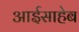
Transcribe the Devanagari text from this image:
आईसाहेब